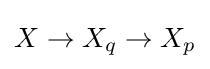
X\to X_{q}\to X_{p}